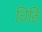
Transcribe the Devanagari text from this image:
चिठि